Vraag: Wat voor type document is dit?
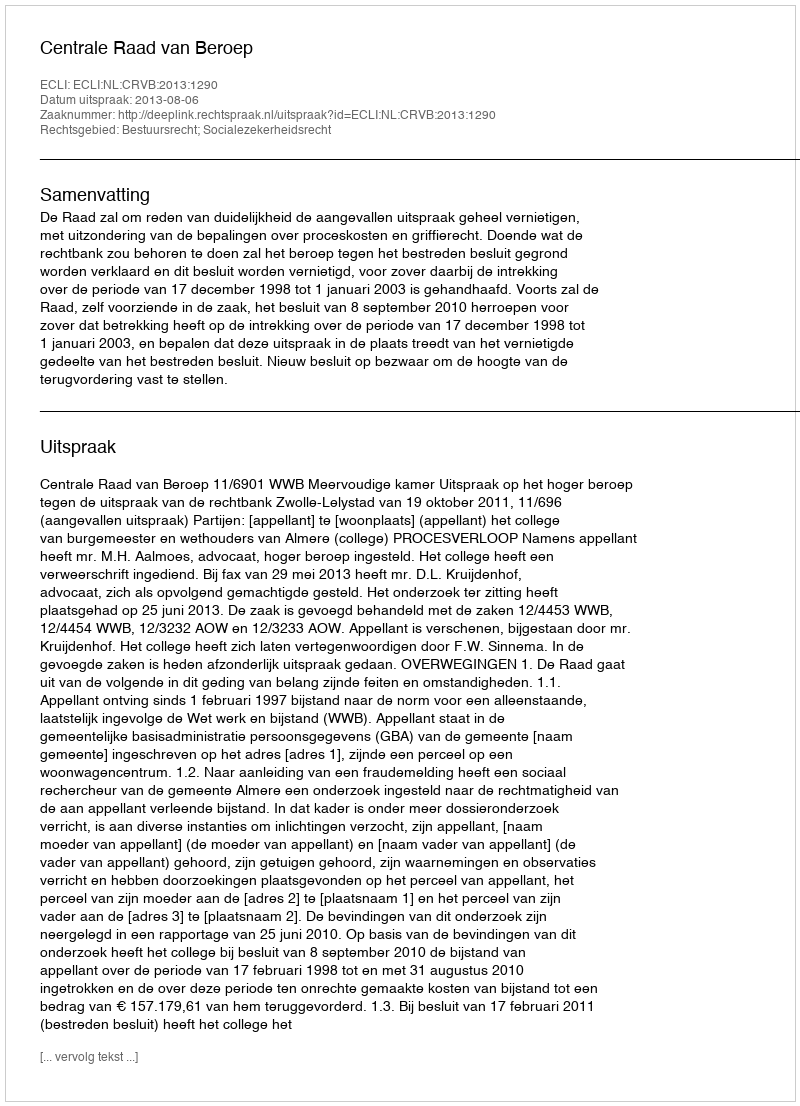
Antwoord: Uitspraak